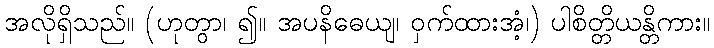
အလိုရှိသည်။ (ဟုတွာ၊ ၍။ အပနိဓေယျ၊ ဝှက်ထားအံ့၊) ပါစိတ္တိယန္တိကား။